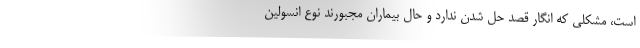
است، مشکلی که انگار قصد حل شدن ندارد و حال بیماران مجبورند نوع انسولین